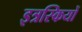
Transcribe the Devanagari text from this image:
इत्रस्कियों